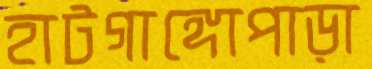
হাটগাঙ্গোপাড়া